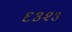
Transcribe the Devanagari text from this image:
६३२३